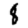
Digit: 8